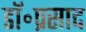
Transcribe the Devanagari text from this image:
डॉ॰प्रसाद